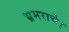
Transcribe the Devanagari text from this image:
भ्रमराचे।